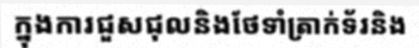
ក្នុងការជួសជុលនិងថែទាំត្រាក់ទ័រនិង